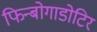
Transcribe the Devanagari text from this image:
फिन्बोगाडोटिर